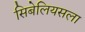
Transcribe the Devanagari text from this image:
सिबेलियसला